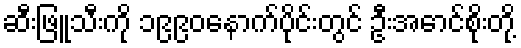
ဆီးဖြူသီးကို ၁၉၉၀နောက်ပိုင်းတွင် ဦးအောင်စိုးတို့